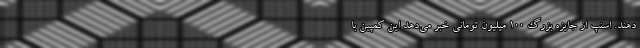
دهند. اسنپ از جایزه بزرگ 100 میلیون تومانی خبر می‌دهد این کمپین با